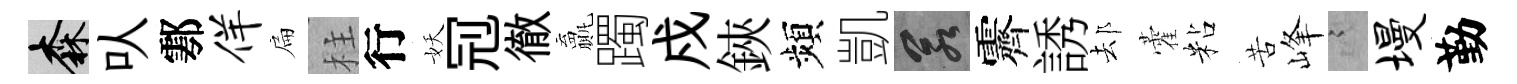
森㕥鄠佯扁柱行妖𠜍徹贏躅戍鋏頻凱若霽誘𨚫藿粘苦峰謭墁勤